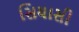
સિયાસી